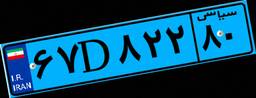
۶۷D۸۲۲۸۰